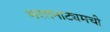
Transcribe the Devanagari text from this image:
भरतनाट्यमची